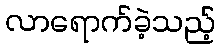
လာရောက်ခဲ့သည့်